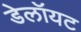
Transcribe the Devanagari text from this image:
डेलॉयट